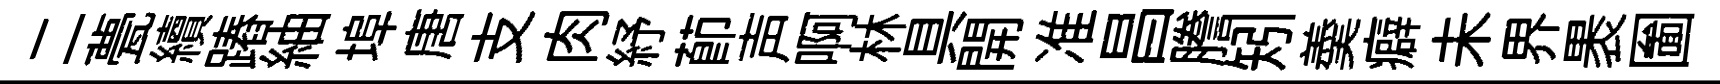
二甍續蹖紬埠唐支肉紓莭声啊林具開准昌謄矧羮癖未界褁圗